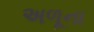
અળૂના